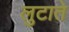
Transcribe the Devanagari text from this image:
लुटाते